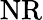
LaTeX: \mathrm{NR}